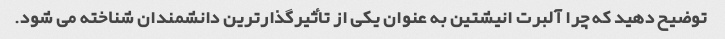
توضیح دهید که چرا آلبرت انیشتین به عنوان یکی از تأثیرگذارترین دانشمندان شناخته می شود.